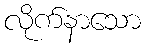
လိုက်နာသော